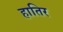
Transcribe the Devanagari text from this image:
हातिर